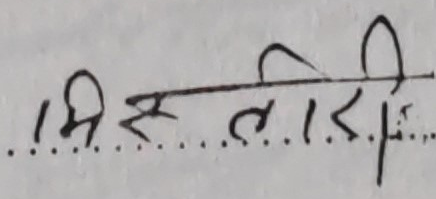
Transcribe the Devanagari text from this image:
मिस्त्री